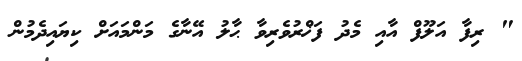
" ރިފާ އަލޫފް އާއި މެދު ފަޚްރުވެރިވާ ޙާލު އޭނާގެ މަންމައަށް ކިޔައިދެމުން